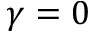
\gamma = 0